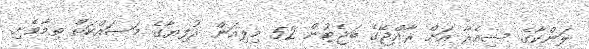
ލަންކާގެ ސިއެރާ އަށް ރާއްޖޭގެ ބަޖެޓުން 52 މިލިއަން ރުފިޔާގެ މަސައްކަތް ތިމާވެށި